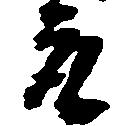
取